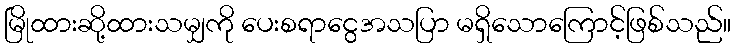
မြိုထားဆို့ထားသမျှကို ပေးစရာငွေအသပြာ မရှိသောကြောင့်ဖြစ်သည်။